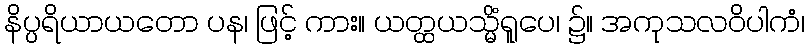
နိပ္ပရိယာယတော ပန၊ ဖြင့် ကား။ ယတ္ထယသ္မိံရူပေ၊ ၌။ အကုသလဝိပါကံ၊